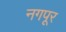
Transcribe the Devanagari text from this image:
नगपूर